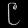
Digit: ၉